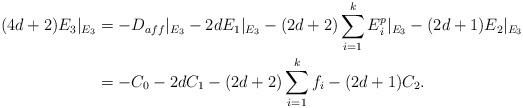
LaTeX: \begin{align*}(4d+2)E_3|_{E_3} &= -D_{aff}|_{E_3} - 2dE_1|_{E_3} - (2d+2)\sum_{i=1}^k E_i^p|_{E_3} - (2d+1)E_2|_{E_3}\\&= -C_0 - 2dC_1 - (2d+2)\sum_{i=1}^k f_i - (2d+1)C_2.\end{align*}